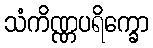
သံကိဏ္ဏပရိက္ခော